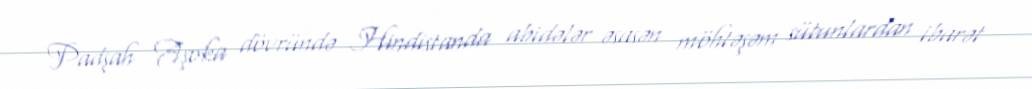
Padşah Aşoka dövründə Hindistanda abidələr əsasən möhtəşəm sütunlardan ibarət